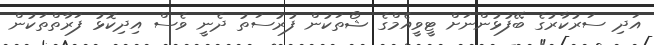
އަދި ސަރުކާރުގެ ބޭފުޅުންނަށް ޓީވީއެމްގެ ޝޯތަކުން ފުރުސަތު ދެނީ ވެސް އިދިކޮޅު ފަރާތްތަކުން